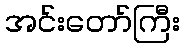
အင်းတော်ကြီး